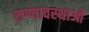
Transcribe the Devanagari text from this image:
रुग्णावस्थाओं